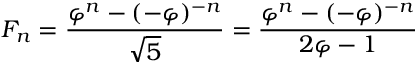
F _ { n } = { \frac { \varphi ^ { n } - ( - \varphi ) ^ { - n } } { \sqrt { 5 } } } = { \frac { \varphi ^ { n } - ( - \varphi ) ^ { - n } } { 2 \varphi - 1 } }